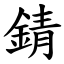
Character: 錆